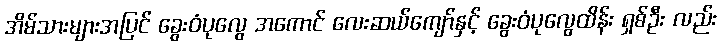
အိမ်သားများအပြင် ခွေးဝံပုလွေ အကောင် လေးဆယ်ကျော်နှင့် ခွေးဝံပုလွေထိန်း ရှစ်ဦး လည်း